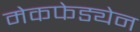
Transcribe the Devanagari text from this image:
मेकफेड्येन